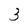
Character: 3